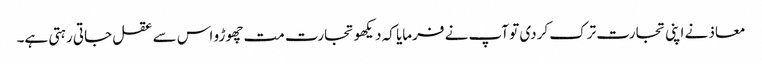
معاذ نے اپنی تجارت ترک کردی تو آپ نے فرمایا کہ دیکھو تجارت مت چھوڑو اس سے عقل جاتی رہتی ہے۔